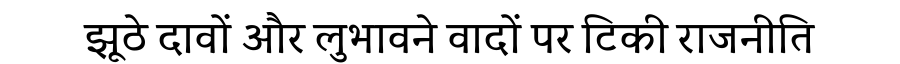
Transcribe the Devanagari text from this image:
झूठे दावों और लुभावने वादों पर टिकी राजनीति